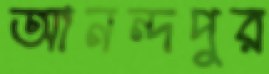
আনন্দপুর